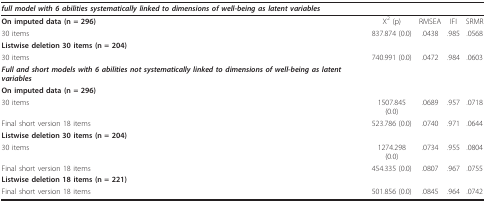
<table><thead><tr><td><b><i>full model with 6 abilities systematically linked to dimensions of well-being as latent variables</i></b></td><td></td><td></td><td></td><td></td></tr></thead><tbody><tr><td><b>On imputed data (n = 296)</b></td><td>Χ<sup>2 </sup>(p)</td><td>RMSEA</td><td>IFI</td><td>SRMR</td></tr><tr><td>30 items</td><td>837.874 (0.0)</td><td>.0438</td><td>.985</td><td>.0568</td></tr><tr><td><b>Listwise deletion 30 items (n = 204)</b></td><td></td><td></td><td></td><td></td></tr><tr><td>30 items</td><td>740.991 (0.0)</td><td>.0472</td><td>.984</td><td>.0603</td></tr><tr><td><b><i>Full and short models with 6 abilities not systematically linked to dimensions of well-being as latent variables</i></b></td><td></td><td></td><td></td><td></td></tr><tr><td><b>On imputed data (n = 296)</b></td><td></td><td></td><td></td><td></td></tr><tr><td>30 items</td><td>1507.845 (0.0)</td><td>.0689</td><td>.957</td><td>.0718</td></tr><tr><td>Final short version 18 items</td><td>523.786 (0.0)</td><td>.0740</td><td>.971</td><td>.0644</td></tr><tr><td><b>Listwise deletion 30 items (n = 204)</b></td><td></td><td></td><td></td><td></td></tr><tr><td>30 items</td><td>1274.298 (0.0)</td><td>.0734</td><td>.955</td><td>.0804</td></tr><tr><td>Final short version 18 items</td><td>454.335 (0.0)</td><td>.0807</td><td>.967</td><td>.0755</td></tr><tr><td><b>Listwise deletion 18 items (n = 221)</b></td><td></td><td></td><td></td><td></td></tr><tr><td>Final short version 18 items</td><td>501.856 (0.0)</td><td>.0845</td><td>.964</td><td>.0742</td></tr></tbody></table>